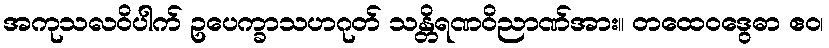
အကုသလဝိပါက် ဥပေက္ခာသဟဂုတ် သန္တိရဏဝိညာဏ်အား။ တထေဝဒွေဓာ ဧဝ၊